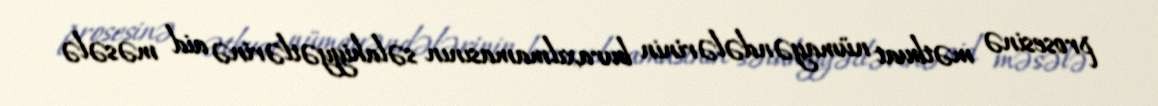
prosesinə mətbuat nümayəndələrinin buraxılmamasının səlahiyyətlərinə aid məsələ